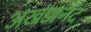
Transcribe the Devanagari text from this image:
अखंडानंद